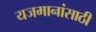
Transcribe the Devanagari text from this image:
यजमानांसाठी